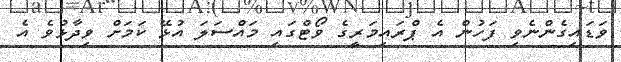
ވަޑައިގެންނެވި ފަހުން އެ ޕްރައިމަރީގެ ވޯޓްގައި މައްސަލަ އުޅޭ ކަމަށް ވިދާޅުވެ އެ